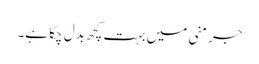
جرمنی میں بہت کچھ بدل چکا ہے۔